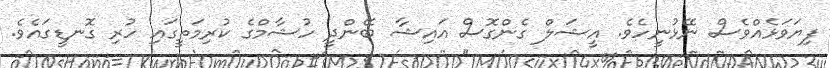
ފިޔަވަޅެއްވެސް ނޭޅުނީހެވެ. އީޝަލް ގެންގޮސް އައިޝާ ބޭންދީ ހުޝާމްގެ ކުރިމަތީގައި ހުރި ގޮނޑީގައެވެ.